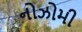
નોઝોમી